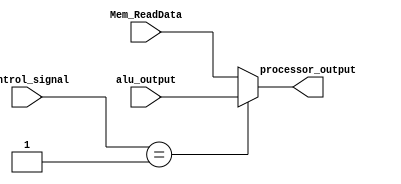
`timescale 1ns / 1ps

module output_select(
    input [1:0] control_signal,
input [31:0] alu_output,
input [31:0] Mem_ReadData,
output reg [31:0] processor_output
    );
        reg [1:0] check;
    //Mux to select the load immediate data or alu result based on opcode
    always @(control_signal,alu_output,Mem_ReadData)
    begin
    if(control_signal==2'b01)
    begin
    check = 2'b01;
    //select alu ouput
    processor_output = alu_output;
    end
    else
    begin
    //select load immediate output
    processor_output=Mem_ReadData;
    check = 2'b00;
    end
    end
endmodule